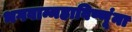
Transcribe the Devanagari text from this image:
भगवान्महाविष्णूंना